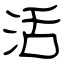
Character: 活